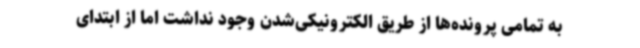
به تمامی پرونده‌ها از طریق الکترونیکی‌شدن وجود نداشت اما از ابتدای